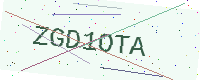
Text: ZGD1OTA